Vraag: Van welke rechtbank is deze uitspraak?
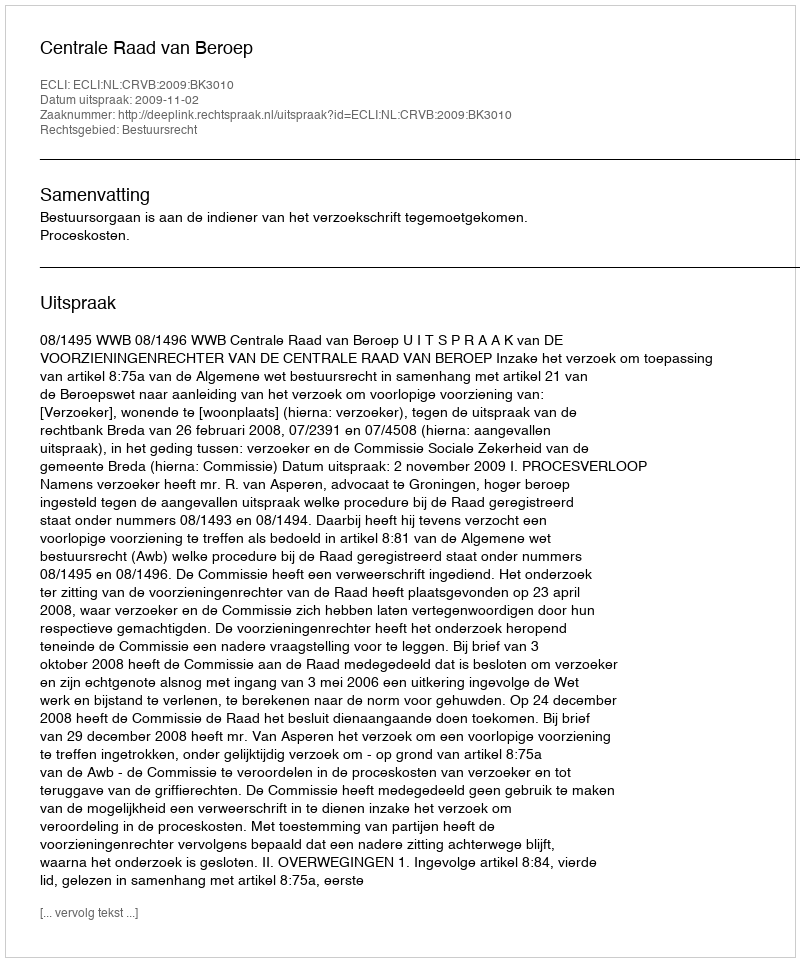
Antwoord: Centrale Raad van Beroep